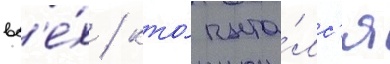
вс'е́х / кто́ пыта́лс'я